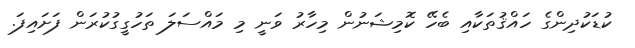
ކުޑަކުދިންގެ ހައްޤުތަކާއި ބެހޭ ކޮމިޝަނުން މިހާރު ވަނީ މި މައްސަލަ ތަހުގީގުކުރަން ފަށައިފަ.